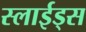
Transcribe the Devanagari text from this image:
स्लाईड्स